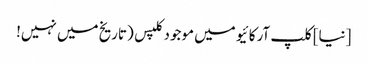
[نیا] کلپ آرکائیو میں موجود کلپس (تاریخ میں نہیں!